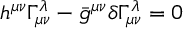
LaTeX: h ^ { \mu \nu } \Gamma _ { \mu \nu } ^ { \lambda } - \bar { g } ^ { \mu \nu } \delta \Gamma _ { \mu \nu } ^ { \lambda } = 0